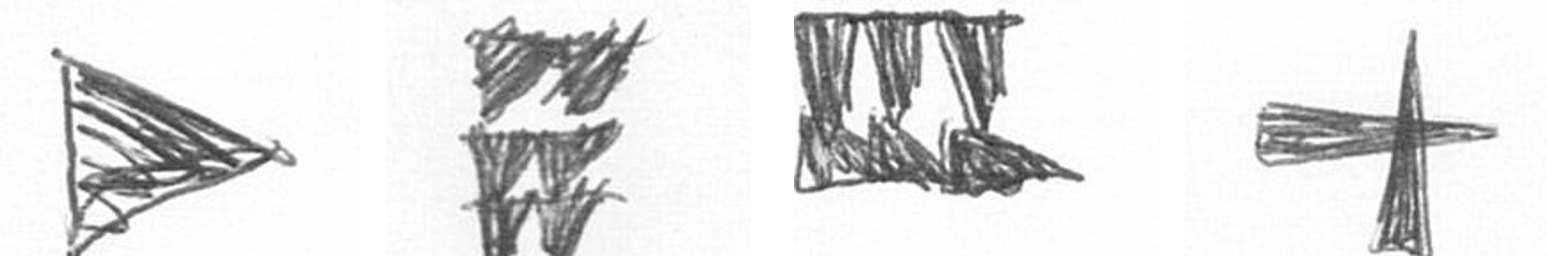
T Y D G